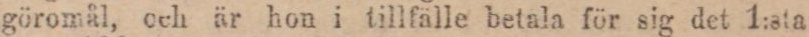
göromål, och är hon i tillfälle betala för sig det 1:sta